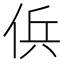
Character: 㑟